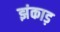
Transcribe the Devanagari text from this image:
झंकाड़